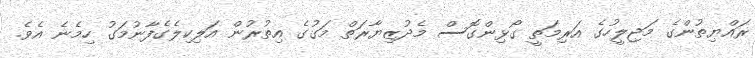
ރައްޔިތުންގެ މަޖިލީހުގެ އަރިމަތީ ގޯޅިންގޮސް މެދުޒިޔާރަތް މަގުގެ އިތުރުން އަލިކިލެގެފާނުމަގު ހިމެނެ އެވެ.